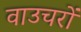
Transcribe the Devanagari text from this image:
वाउचरों